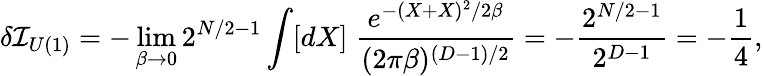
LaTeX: \delta{\cal I}_{U(1)}=-\operatorname*{lim}_{\beta\rightarrow 0}2^{N/2-1}\int[dX]\; \frac{e^{-(X+X)^{2}/2\beta}}{(2\pi\beta)^{(D-1)/2}}=-\frac{2^{N/2-1}}{2^{D-1}}=-\frac{1}{4},